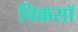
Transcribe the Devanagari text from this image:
चिकसॉ